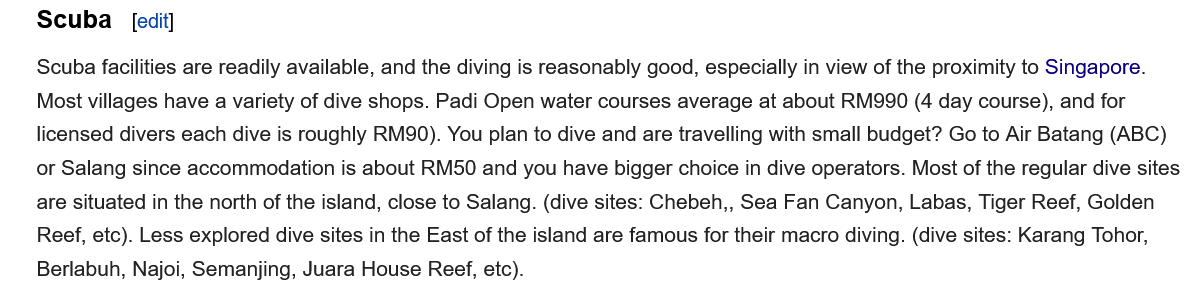
Scuba    [edit]
    Scuba facilities are readily available, and the diving is reasonably good, especially in view of the proximity to Singapore.
    Most villages have a variety of dive shops. Padi Open water courses average at about RM990 (4 day course), and for
    licensed divers each dive is roughly RM90). You plan to dive and are travelling with small budget? Go to Air Batang (ABC)
    or Salang since accommodation is about RM50 and you have bigger choice in dive operators. Most of the regular dive site:
    are situated in the north of the island, close to Salang. (dive sites: Chebeh,, Sea Fan Canyon, Labas, Tiger Reef, Golden
    Reef, etc). Less explored dive sites in the East of the island are famous for their macro diving. (dive sites: Karang Tohor,
    Berlabuh, Najoi, Semanjing, Juara House Reef, etc).